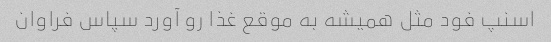
اسنپ فود مثل همیشه به موقع غذا رو آورد سپاس فراوان